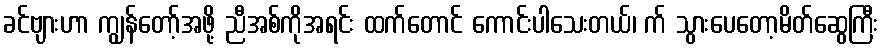
ခင်ဗျားဟာ ကျွန်တော့်အဖို့ ညီအစ်ကိုအရင်း ထက်တောင် ကောင်းပါသေးတယ်၊ က် သွားပေတော့မိတ်ဆွေကြီး